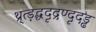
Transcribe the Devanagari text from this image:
थ्र्त्ड़द्धदृद्रण्दृदड्ढ